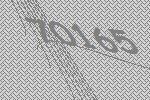
70165